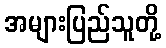
အများပြည်သူတို့